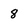
Character: 8